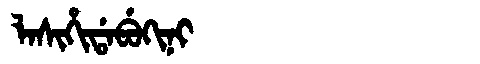
Manchu: ᠯᠠᠰᡳᡥᡳᡩᠠᠪᡠᡴᡳᠨᡳ
Romanization: LASIHIDABUKINI